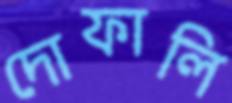
দোফালি